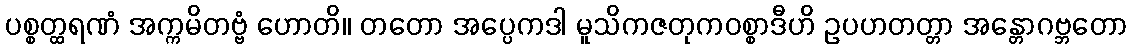
ပစ္စတ္ထရဏံ အက္ကမိတဗ္ဗံ ဟောတိ။ တတော အပ္ပေကဒါ မူသိကဇတုကဝစ္စာဒီဟိ ဥပဟတတ္တာ အန္တောဂဗ္ဘတော